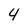
Character: 4